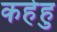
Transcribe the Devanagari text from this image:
कहेहु